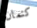
كتمان